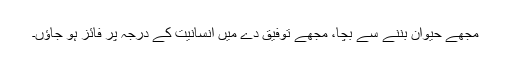
مجھے حیوان بننے سے بچا، مجھے توفیق دے میں انسانیت کے درجہ پر فائز ہو جاؤں۔